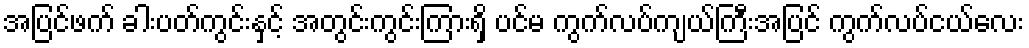
အပြင်ဖက် ခါးပတ်ကွင်းနှင့် အတွင်းကွင်းကြားရှိ ပင်မ ကွက်လပ်ကျယ်ကြီးအပြင် ကွက်လပ်ငယ်လေး